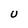
Character: U